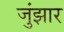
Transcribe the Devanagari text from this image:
जुंझार